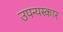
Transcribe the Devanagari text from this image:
उपन्यस्कार